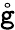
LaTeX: \mathring{\mathtt{g}}